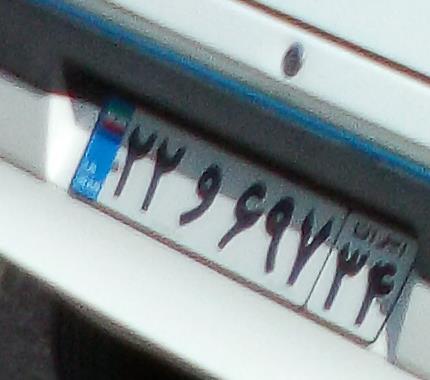
۲۲و۶۹۷۳۴